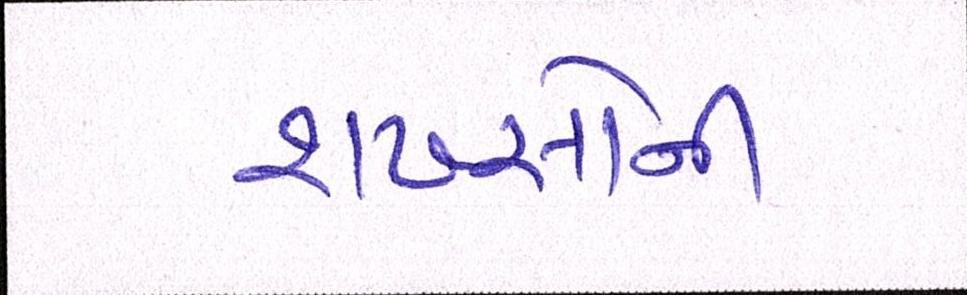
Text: શખ્સોની